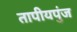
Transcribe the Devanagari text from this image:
तापीयपुंज